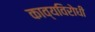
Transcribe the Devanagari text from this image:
काव्यविरोधी